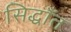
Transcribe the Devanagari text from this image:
सिद्धाँत